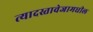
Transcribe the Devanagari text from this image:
त्यादस्तावेजामधील